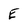
Character: E